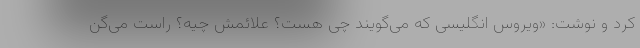
کرد و نوشت: «ویروس انگلیسی که می‌گویند چی هست؟ علائمش چیه؟ راست می‌گن